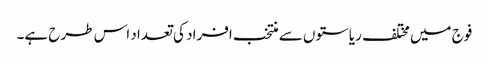
فوج میں مختلف ریاستوں سے منتخب افراد کی تعداد اس طرح ہے۔